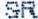
SR